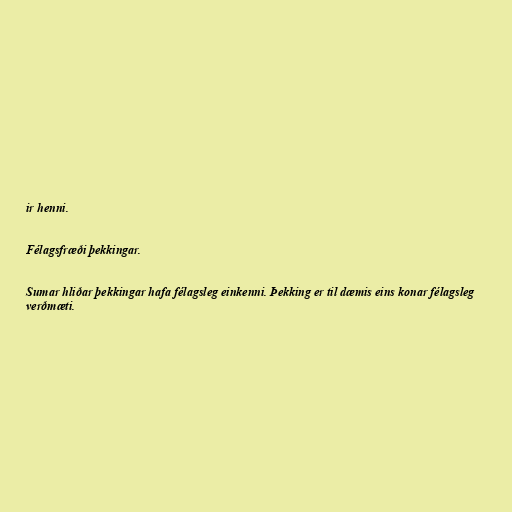
ir henni.

Félagsfræði þekkingar.

Sumar hliðar þekkingar hafa félagsleg einkenni. Þekking er til dæmis eins konar félagsleg
verðmæti.